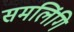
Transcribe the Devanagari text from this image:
समलिंगि